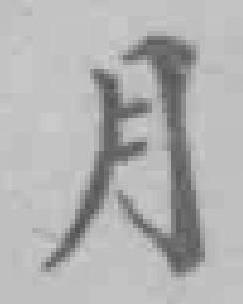
月